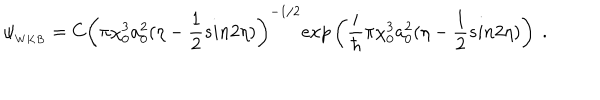
\psi _ { _ { W K B } } = C { \left( \pi \chi _ { 0 } ^ { 3 } a _ { 0 } ^ { 2 } ( \eta - \frac { 1 } { 2 } s i n { 2 \eta } ) \right) } ^ { - 1 / 2 } e x p \left( \frac { i } { \hbar } \pi \chi _ { 0 } ^ { 3 } a _ { 0 } ^ { 2 } ( \eta - \frac { 1 } { 2 } s i n { 2 \eta } ) \right) ~ .